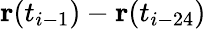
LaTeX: \mathbf{r}(t_{i-1})-\mathbf{r}(t_{i-24})